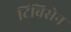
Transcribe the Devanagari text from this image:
टिबिसेन